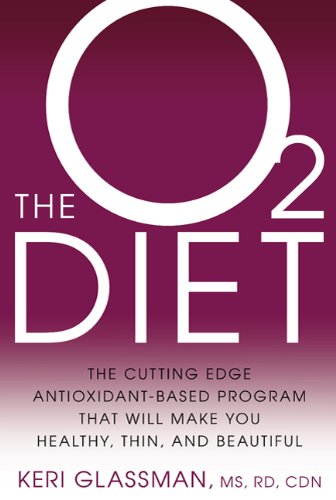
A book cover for The O2 Diet: The Cutting Edge Antioxidant-Based Program That Will Make You Healthy, Thin, and Beautiful; Keri Glassman; Health, Fitness & Dieting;